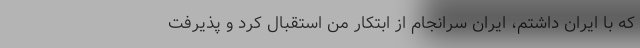
که با ایران داشتم، ایران سرانجام از ابتکار من استقبال کرد و پذیرفت